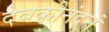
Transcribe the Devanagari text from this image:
देवकीनंदनं